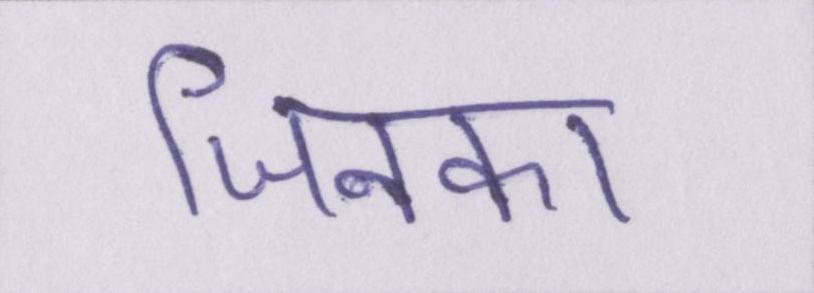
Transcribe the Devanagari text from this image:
जिनका